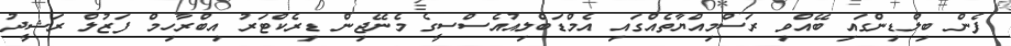
ފެން ބިލްޑިންގައި ބޭއްވި ރަސްމިއްޔާތެއްގައި އެމްޑަބްލިއުއެސްސީގެ މެނޭޖިން ޑިރެކްޓަރު އިބްރާހިމް ފަޒުލް ރަޝީދު